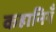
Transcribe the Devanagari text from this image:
कहानियँ